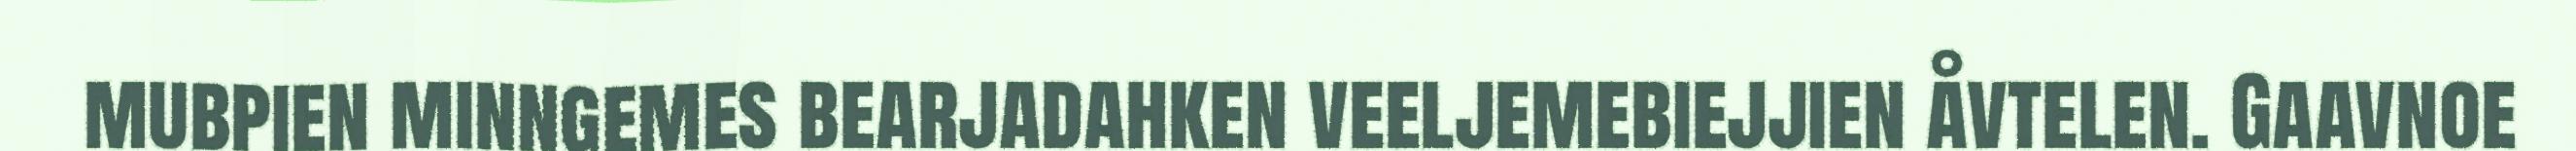
mubpien minngemes bearjadahken veeljemebiejjien åvtelen. Gaavnoe